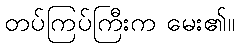
တပ်ကြပ်ကြီးက မေး၏။